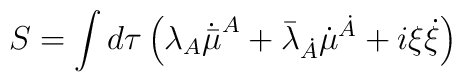
S = \int d\tau \left( \lambda_{A}\dot{\bar{\mu}}^{A} +\bar{\lambda}_{\dot{A}}\dot{{\mu}}^{\dot{A}} + i \xi \dot{\xi}\right)